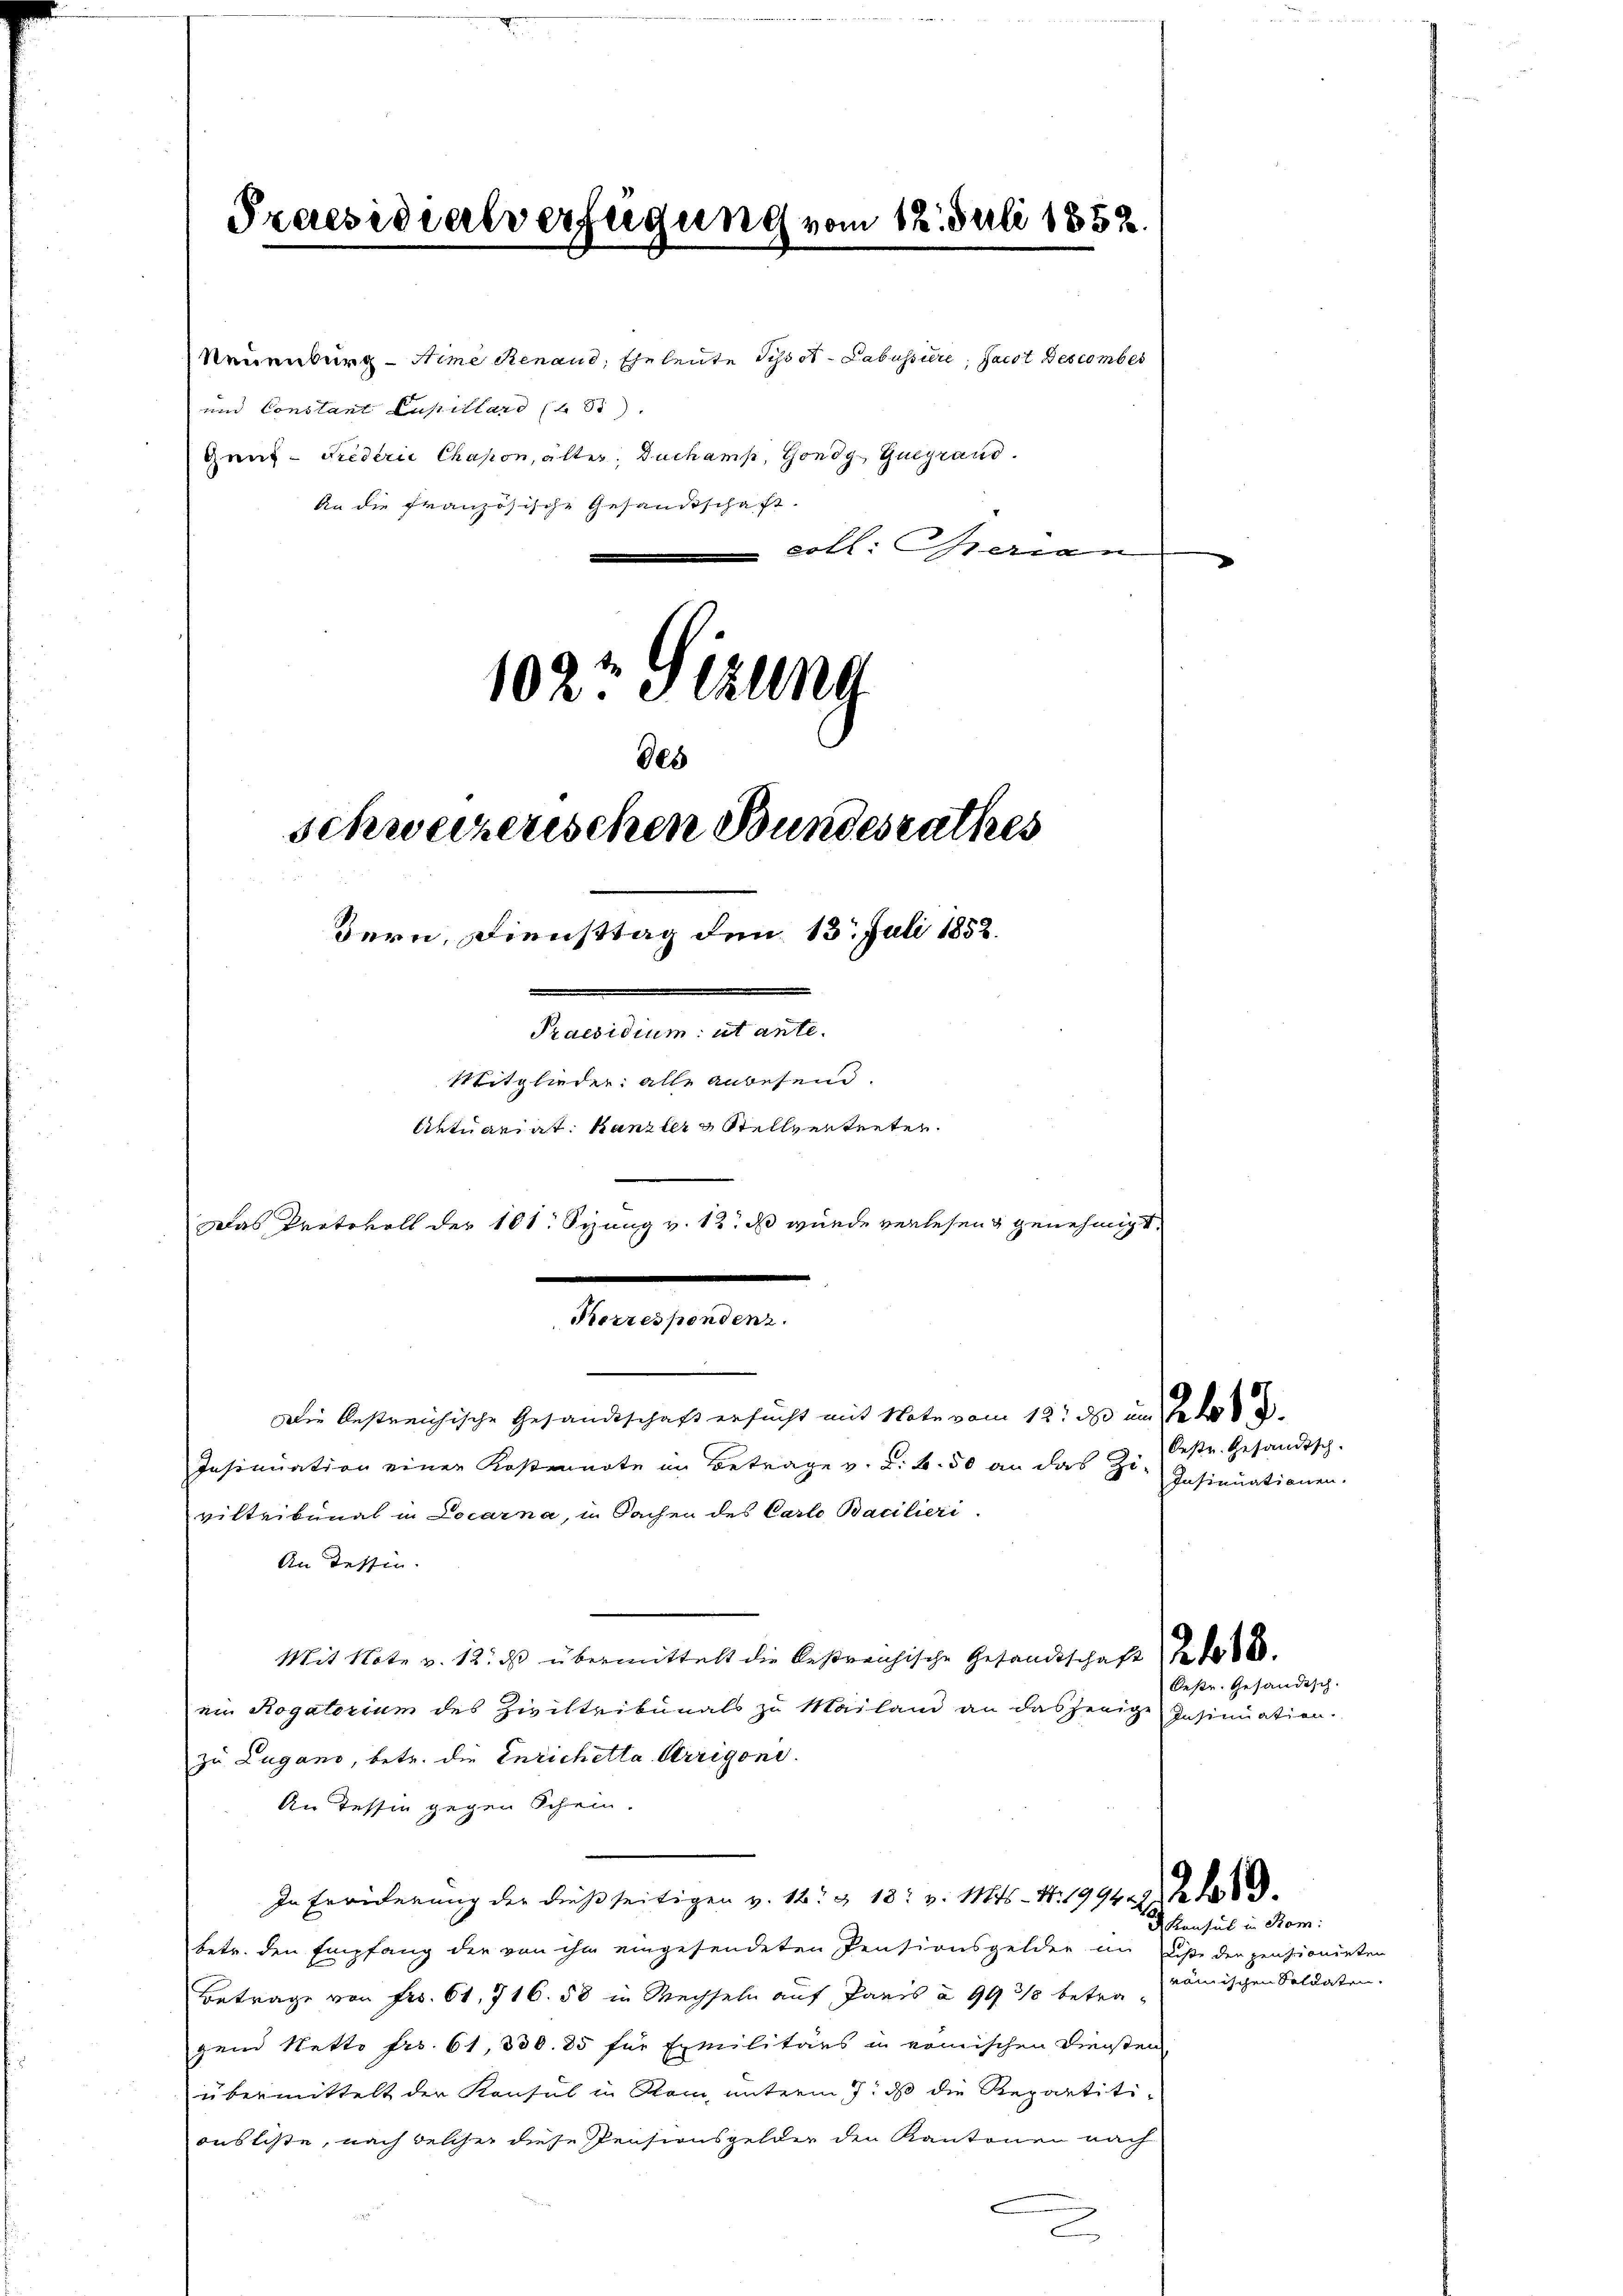
Praesidialverfügung vom 12. Juli 1852.

des

und Constant Lupillard (§ 5)
Gang-Frederie Chapon, älter. Duchamp, Gondg Guegrand
An die französische Gesandtschaft.
Aktuariat. Kanzler Stellvertreten
Das Protokoll der 101. Sizung v. 12. ds wurde verlesen genehmigt.
.
Die bestreichische Gesandtschaft ersucht mit Note vom 12. ds und
Insinuation einer Kostennote im Betrage v. a. b. 50 an das Ziviltribunal in Locarna, in Sachen des Carlo Bacilieri.
An Testin
Mit Note v. 12. ds übermittelt die bestreichische Gesandtschaft 268
ein Rogatorium des Ziviltribunals zu Mailand an dasjenige Insinuation.
zu Lugano, betr. die Enrichetta Arrigone.
An Tessin gegen Schein.
In Erwiderung der dießseitigen v. 12. & 18. v. Mts. Nr. 199429. Ja d
betr. den Empfang der von ihn eingesendeten Pensionsgelder an dise derzensionieten
Betrage von Fr. 61, 716. 58 in Wechseln auf Paris à 993 betragend Netto frs. 61, 330. 85 für Exmilitärs in vomischen Diensten
übermittelt der Konsul in Stam, unterm 7. dß die Repartitionsliste, nach welcher diese Pensionsgelder den Kantonen nach
c

102t Setzung
schweizerischen Bundesrathes
Bern, Diensttag den 13. Juli 1858.
n

Mitglieder: alle anbesein.

Neuenburg-Nime Renaud, Eheleute Schoot- Labussiere, Jacot des comber

coll: Gerien

Oestr. Gesandisch.
Insinuationen.

Oestr. Gesandisch.

Konsul in Rom:

rämischen Soldaten.